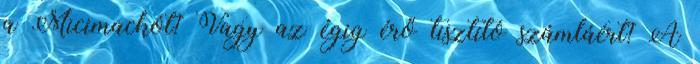
a Micimackót? Vagy az égig érő tisztító számláért? A